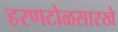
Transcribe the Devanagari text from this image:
हरणटोळसारखे